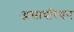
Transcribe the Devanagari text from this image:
असायरियन